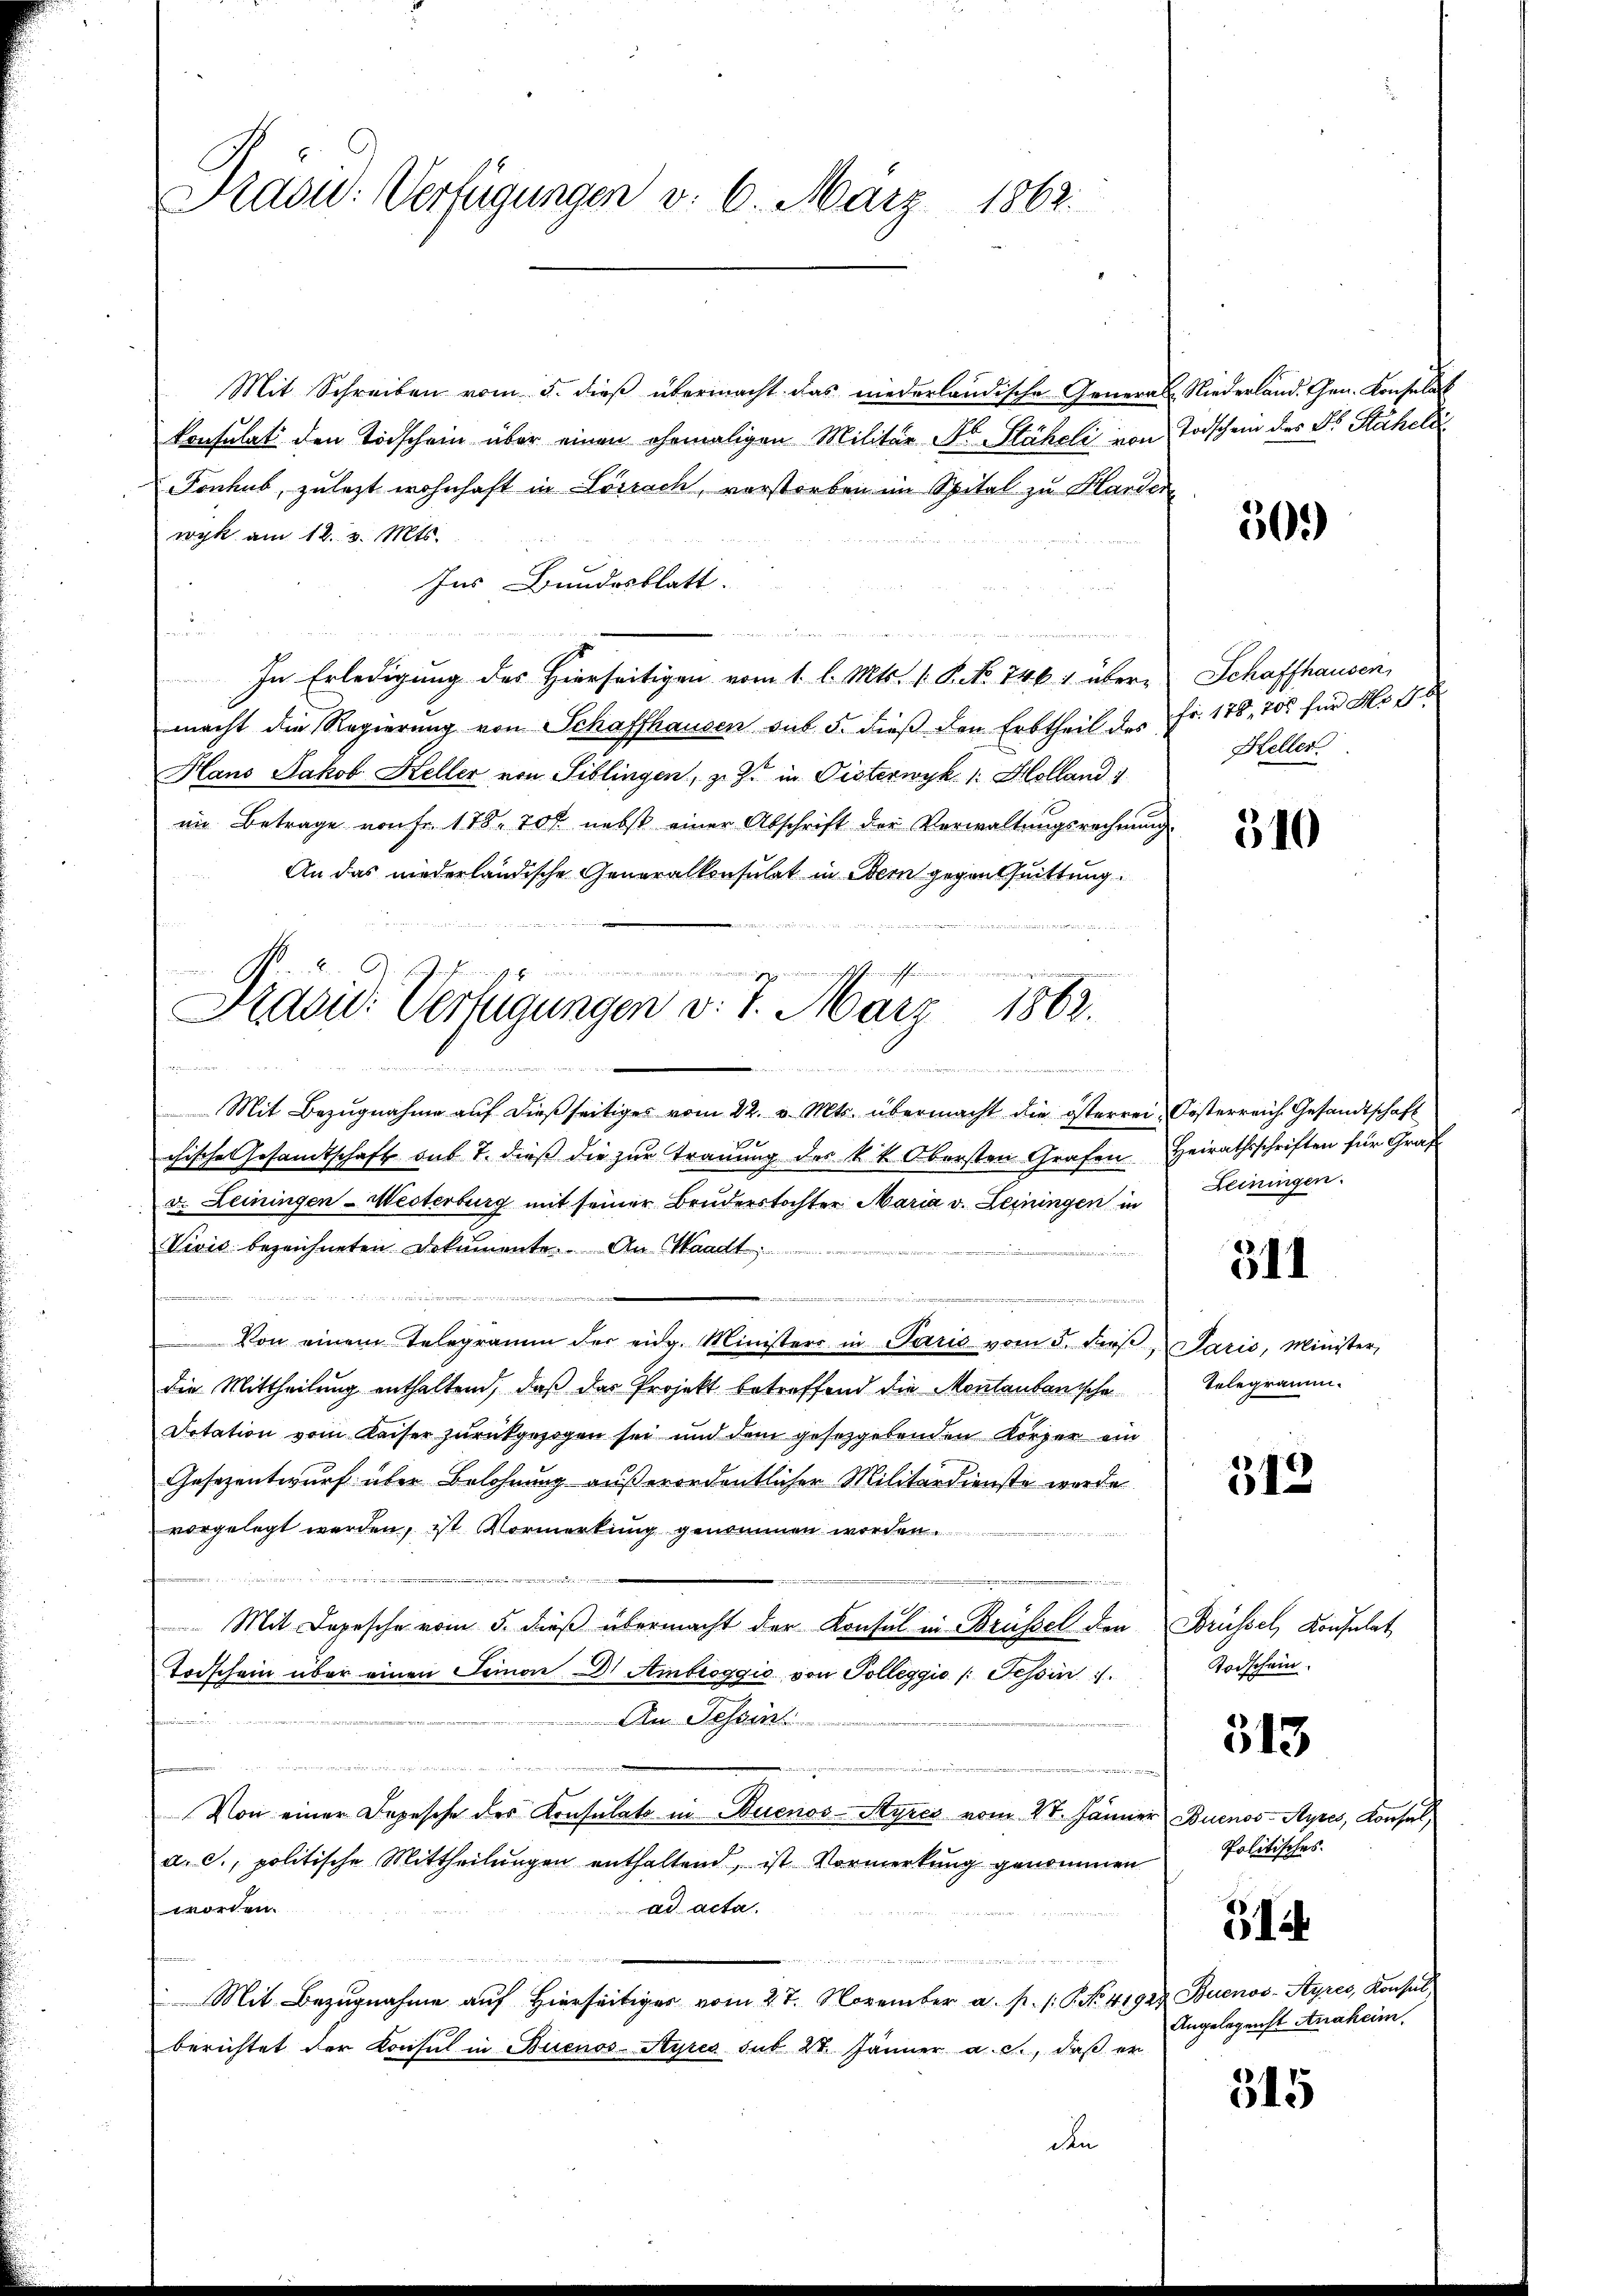
Präsid.: Verfügungen v. 6. März 1862.

A
.
Präsid. Verfügungen d. 1. März 1862.
.
Kaminordnung

Mit Schreiben vom 5. dieß übermacht das niederländische General
Konsulat den Todschein über einen ehemaligen Militär- Dr. Stäheli von
Fonhub, zulezt wohnhaft in Lörrach, vorstorben im Spital zu Handern
wyk am 12. 3. Mts.
Ins Bundesblatt.
u
.
In Erledigung des Hierseitigen vom 1. l. Mts. v. P. No 746: über-
macht die Regierung von Schaffhausen sub. 5. dieß den Erbtheil des
Hans Jakob Heller von Siblingen, z. Z. in Pisterwyk. 1. Holland
im Betrage von Fr. 178. 707 nebst einer Abschrift der Verwaltungsrechnung
An das niederländische Generalkonsulat in Bern gegen Quittung
Mit Bezugnahme auf dießseitiges vom 22. v. Mts. übermacht die österrei Kosterreich Gesandtschaft
1
chische Gesamtschaft sub 7. dieß die zur Trauung des k.k. Obersten Grafen
d. Leiningen - Westerburg mit seiner Bruderstochter Maria v. Leiningen in
Vivić bezeichneten Dokumente. An Waadt

e
n
Von einem Telegramm der eidg. Ministers in Paris vom 5. dβ,
die Mittheilung enthaltend, daß das Projekt betreffend die Montantanische
Dotation vom Kaiser zurückgezogen sei und dem gesetzgebenden Körper ein
Gesezentwurf über Belohnung außerordentlicher Militärdienste werde
vorgelegt werden, ist Vormerkung genommen worden.

Mit Depesche vom 5. dieß übermacht der Konsul in Brüssel den
Todschein über einen Seinen Dr. Ambroggio von Tolleggio /: Tessin
i
An Tessin
e
Von einer Topesche der Konsulato in Buenos-Ayres vom 27. Jänner
a. c., politische Mittheilungen enthaltend, ist Vormerkung genommen
ad acta.
worden.
u
Mit Bezugnahme auf Hierseitiger vom 27. November a. p. /: P. No. 41928 Buenos-Ayres, Konsul
berichtet der Konsul in Buenos-Ayres sub 27. Jänner a. c., daß er
den

Niederland. Chrn. Konsulat
Todschen des Dr. Stäheli

Schaffhausen,
Fr. 176, 200 für M. Br
Heller.

Heirathsschriften für Graf
Leiningen.

30.)

510

314

Paris, Minister,
Telegramm.

312

Brüssel, Konsulat
Todschein.

513

Buenos-Ayres, Konsul,
Politisches.

Angelegenst Anaheim.

12

315